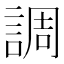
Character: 調